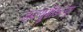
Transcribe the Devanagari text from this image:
डब्ल्यूसीडब्ल्यूए